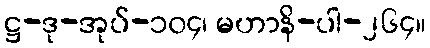
ဋ္ဌ-ဒု-အုပ်-၁၀၄၊ မဟာနိ-ပါ-၂၆၄။